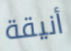
أنيقة